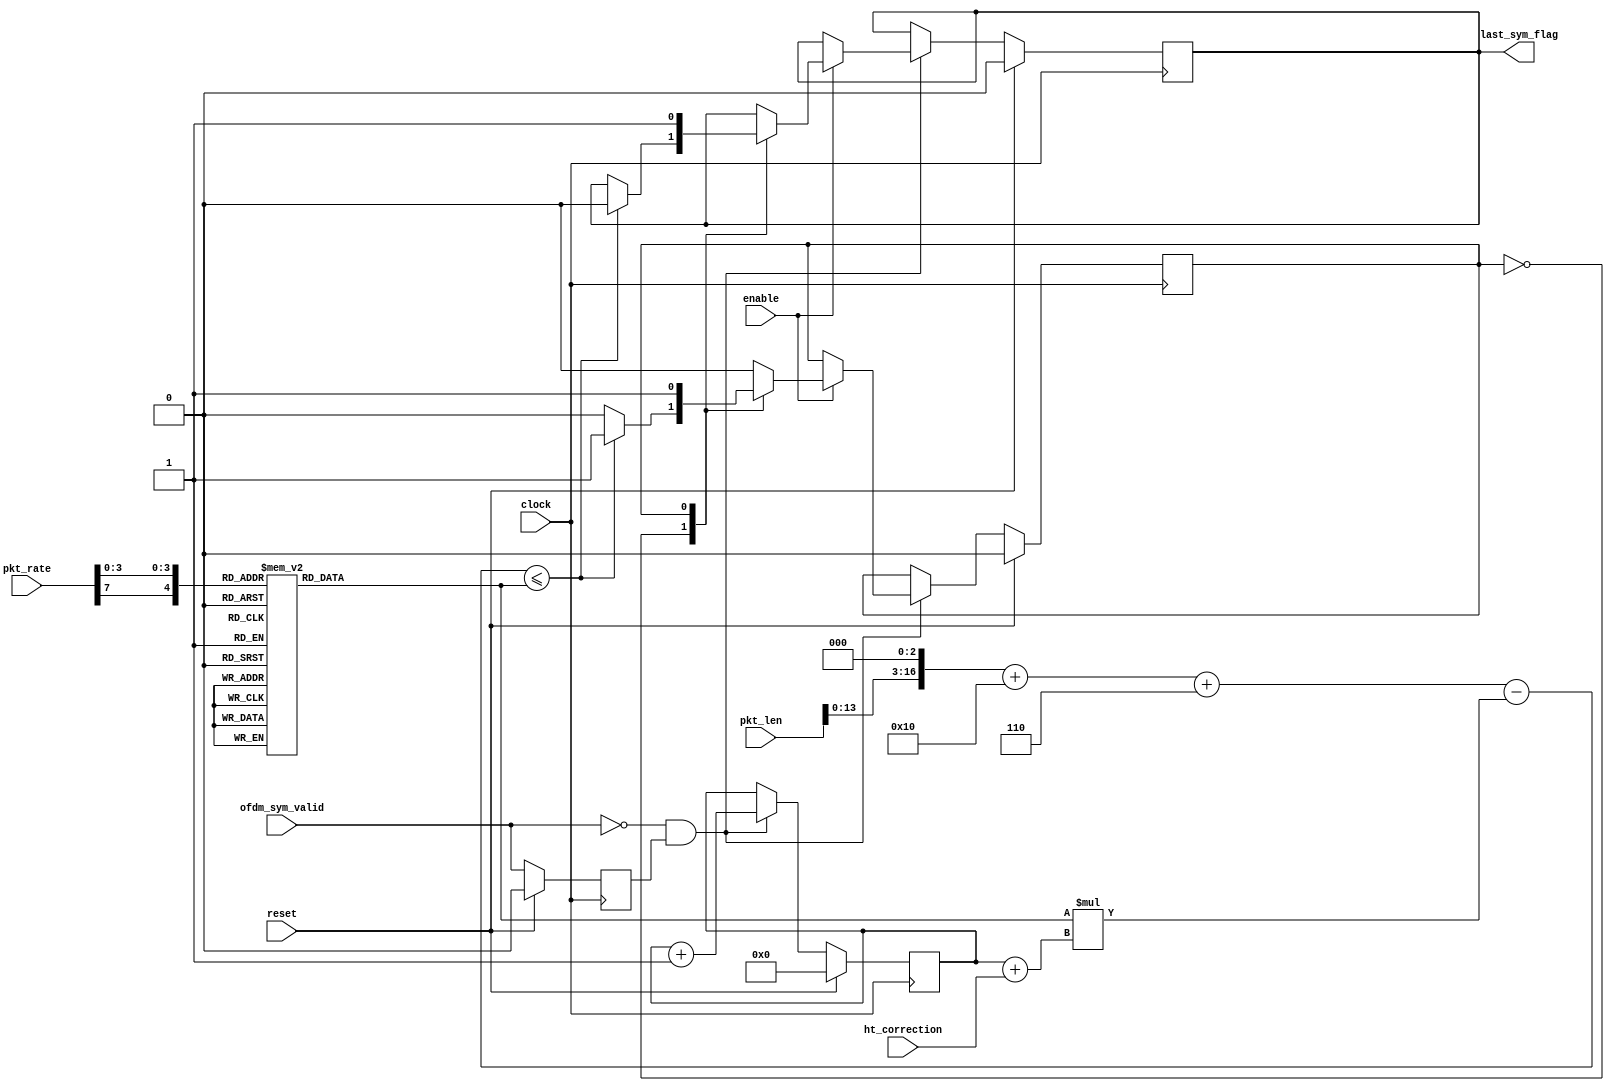
module last_sym_indicator
(
    input clock,
    input reset,
    input enable,

    input ofdm_sym_valid,
    input [7:0] pkt_rate,//bit [7] 1 means ht; 0 means non-ht
    input [15:0] pkt_len,
    input ht_correction,

    output reg last_sym_flag
);

localparam S_WAIT_FOR_ALL_SYM = 0;
localparam S_ALL_SYM_RECEIVED = 1;

reg state;
reg ofdm_sym_valid_reg;

reg [8:0] n_dbps;
reg [7:0] n_ofdm_sym;
wire [16:0] n_bit;
wire [16:0] n_bit_target;

assign n_bit = n_dbps*(n_ofdm_sym+ht_correction);
assign n_bit_target = (({1'b0,pkt_len}<<3) + 16 + 6);

// lookup table for N_DBPS (Number of data bits per OFDM symbol)
always @( pkt_rate[7],pkt_rate[3:0] )
begin
    case ({pkt_rate[7],pkt_rate[3:0]})
        5'b01011 : begin //non-ht 6Mbps
            n_dbps = 24;
            end
        5'b01111 : begin //non-ht 9Mbps
            n_dbps = 36;
            end
        5'b01010 : begin //non-ht 12Mbps
            n_dbps = 48;
            end
        5'b01110 : begin //non-ht 18Mbps
            n_dbps = 72;
            end
        5'b01001 :  begin //non-ht 24Mbps
            n_dbps = 96;
            end
        5'b01101 : begin //non-ht 36Mbps
            n_dbps = 144;
            end
        5'b01000  : begin //non-ht 48Mbps
            n_dbps = 192;
            end
        5'b01100 : begin //non-ht 54Mbps
            n_dbps = 216;
            end
        5'b10000 : begin //ht mcs 0
            n_dbps = 26;
            end
        5'b10001 : begin //ht mcs 1
            n_dbps = 52;
            end
        5'b10010 : begin //ht mcs 2
            n_dbps = 78;
            end
        5'b10011 : begin //ht mcs 3
            n_dbps = 104;
            end
        5'b10100 :  begin //ht mcs 4
            n_dbps = 156;
            end
        5'b10101 : begin //ht mcs 5
            n_dbps = 208;
            end
        5'b10110  : begin //ht mcs 6
            n_dbps = 234;
            end
        5'b10111 : begin //ht mcs 7
            n_dbps = 260;
            end
        default: begin
            n_dbps = 0;
            end
    endcase
end

always @(posedge clock) begin
    if (reset) begin
        ofdm_sym_valid_reg <= 0;
    end else begin
        ofdm_sym_valid_reg <= ofdm_sym_valid;
    end
end

always @(posedge clock) begin
    if (reset) begin
        n_ofdm_sym <= 0;
        last_sym_flag <= 0;
        state <= S_WAIT_FOR_ALL_SYM;
    end else if (ofdm_sym_valid==0 && ofdm_sym_valid_reg==1) begin //falling edge means that current deinterleaving is finished, then we can start flush to speedup finishing work.
        n_ofdm_sym <= n_ofdm_sym + 1;
        if (enable) begin
            case(state)
                S_WAIT_FOR_ALL_SYM: begin
                    if ( (n_bit_target-n_bit)<=n_dbps ) begin
                        last_sym_flag <= 0;
                        state <= S_ALL_SYM_RECEIVED;
                    end
                end

                S_ALL_SYM_RECEIVED: begin
                    last_sym_flag <= 1;
                    state <= S_ALL_SYM_RECEIVED;
                end
                default: begin
                end
            endcase
        end
    end
end

endmodule